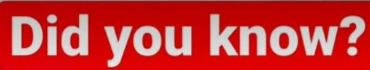
Did you know?